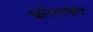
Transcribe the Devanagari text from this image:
येल्त्सिनाने